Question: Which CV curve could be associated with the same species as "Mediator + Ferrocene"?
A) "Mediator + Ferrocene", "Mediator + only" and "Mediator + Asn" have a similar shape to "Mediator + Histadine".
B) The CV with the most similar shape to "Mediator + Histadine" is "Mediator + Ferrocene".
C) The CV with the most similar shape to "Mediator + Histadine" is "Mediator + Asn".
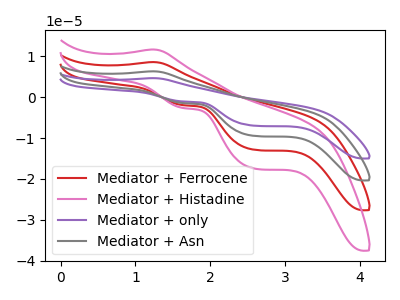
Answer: <think>The red curve "Mediator + Ferrocene" has an anodic peak at (1.25V, 8.60uA) and cathodic peaks at (1.65V, -1.95uA) (2.60V, -12.90uA). The pink curve "Mediator + Histadine" has an anodic peak at (1.25V, 11.65uA) and cathodic peaks at (1.65V, -2.65uA) (2.60V, -17.50uA). The purple curve "Mediator + only" has an anodic peak at (1.25V, 25.80uA) and cathodic peaks at (1.65V, -5.85uA) (2.60V, -38.70uA). The gray curve "Mediator + Asn" has an anodic peak at (1.25V, 17.20uA) and cathodic peaks at (1.65V, -3.90uA) (2.60V, -25.80uA).
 All the peaks in "Mediator + Ferrocene" have a peak in "Mediator + Histadine" at the same potential. Every peak in "Mediator + Ferrocene" is lower than every peak in "Mediator + Histadine". All the peaks in "Mediator + Ferrocene" have a peak in "Mediator + only" at the same potential. Every peak in "Mediator + Ferrocene" is lower than every peak in "Mediator + only". All the peaks in "Mediator + Ferrocene" have a peak in "Mediator + Asn" at the same potential. Every peak in "Mediator + Ferrocene" is lower than every peak in "Mediator + Asn". All the peaks in "Mediator + Histadine" have a peak in "Mediator + only" at the same potential. Every peak in "Mediator + Histadine" is lower than every peak in "Mediator + only". All the peaks in "Mediator + Histadine" have a peak in "Mediator + Asn" at the same potential. Every peak in "Mediator + Histadine" is lower than every peak in "Mediator + Asn". All the peaks in "Mediator + only" have a peak in "Mediator + Asn" at the same potential. Every peak in "Mediator + only" is higher than every peak in "Mediator + Asn".</think>
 <answer>A) "Mediator + Ferrocene", "Mediator + only" and "Mediator + Asn" have a similar shape to "Mediator + Histadine".</answer>
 <eval>A</eval>